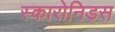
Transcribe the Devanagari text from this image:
स्कारोनिडस